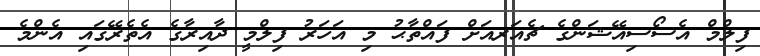
ފިލްމް އެސޯސިއޭޝަންގެ ޗެއަރއަށް ފައްތާޙު މި އަހަރު ފިލްމީ ދާއިރާގެ އެތެރޭގައި އެންމެ